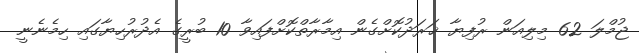
ޖުމްލަ 62 މިލިއަން ރުފިޔާ ޚަރަދުކޮށްގެން އިމާރާތްކޮށްފައިވާ 10 ބުރީގެ އެދުރުހިޔާގައި ހިމެނެނީ